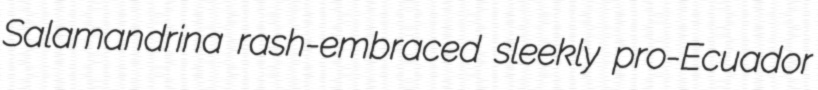
Salamandrina rash-embraced sleekly pro-Ecuador